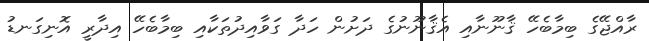
ރާއްޖޭގެ ބިމާބެހޭ ޤާނޫނާއި އެޤާނޫނުގެ ދަށުން ހަދާ ގަވާއިދުތަކާއި ބިމާބެހޭ އިދާރީ އޮނިގަނޑު